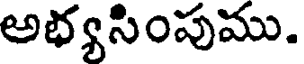
అభ్యసింపుము.